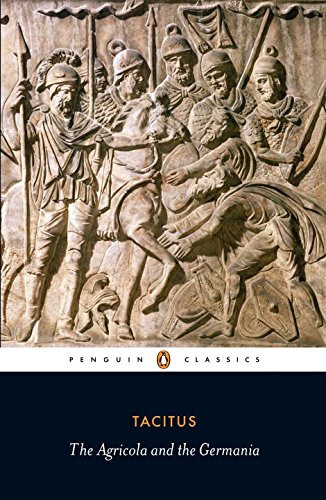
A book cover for Agricola and Germania (Penguin Classics); Tacitus; History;